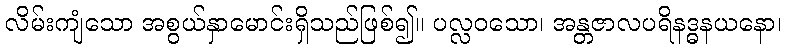
လိမ်းကျံသော အစွယ်နှာမောင်းရှိသည်ဖြစ်၍။ ပလ္လဝသော၊ အန္တဇာလပရိနဒ္ဓနယနော၊